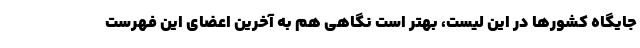
جایگاه کشورها در این لیست، بهتر است نگاهی هم به آخرین اعضای این فهرست